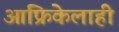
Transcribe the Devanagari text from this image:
आफ्रिकेलाही